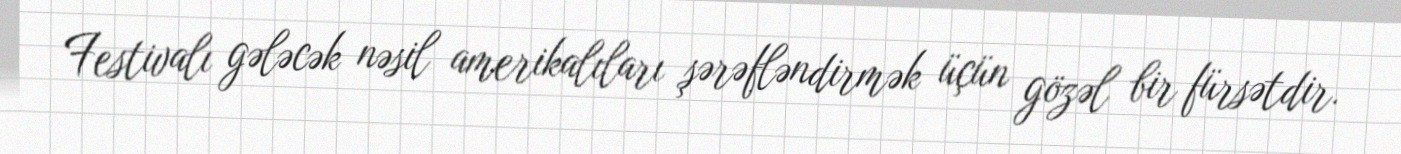
Festivalı gələcək nəsil amerikalıları şərəfləndirmək üçün gözəl bir fürsətdir.